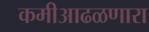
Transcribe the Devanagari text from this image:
कमीआढळणारा